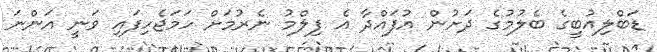
ޑަބްލިއުބީގެ ބެލުމުގެ ދަށުން އުފައްދާ އެ ފިލްމު ނެރުމަށް ހަމަޖެހިފައި ވަނީ އަންނަ